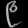
Digit: ၉